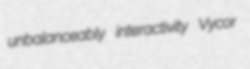
unbalanceably interactivity Vycor